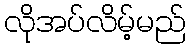
လိုအပ်လိမ့်မည်